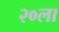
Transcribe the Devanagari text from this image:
२०ला